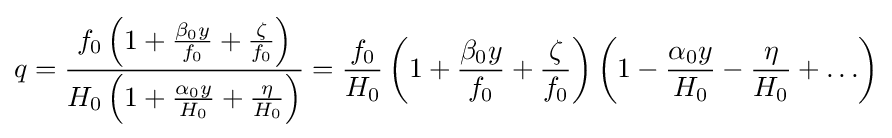
q={f_{0}\left(1+{\beta _{0}y \over f_{0}}+{\zeta  \over f_{0}}\right) \over H_{0}\left(1+{\alpha _{0}y \over H_{0}}+{\eta  \over H_{0}}\right)}={f_{0} \over H_{0}}\left(1+{\beta _{0}y \over f_{0}}+{\zeta  \over f_{0}}\right)\left(1-{\alpha _{0}y \over H_{0}}-{\eta  \over H_{0}}+\ldots \right)